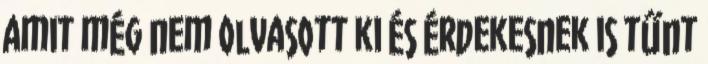
amit még nem olvasott ki és érdekesnek is tűnt